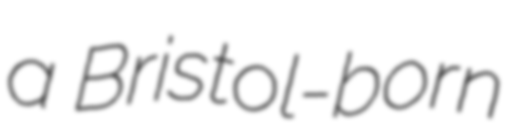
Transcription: a Bristol-born